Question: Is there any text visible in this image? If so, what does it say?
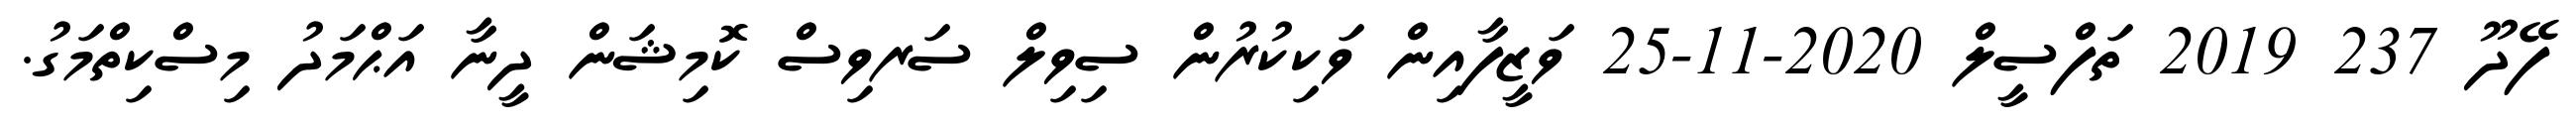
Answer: ފޭދޫ 237 2019 ތަފްސީލް 2020-11-25 ވަޒީފާއިން ވަކިކުރުން ސިވިލް ސަރވިސް ކޮމިޝަން ދީނާ އަޙްމަދު މިސްކިތްމަގު.